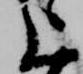
上